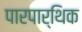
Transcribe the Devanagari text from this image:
पारपार्थिक